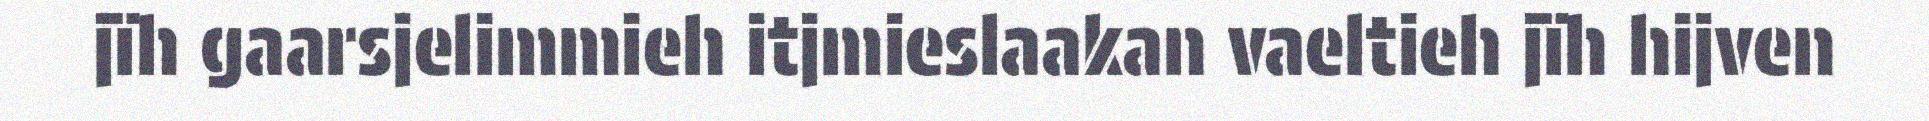
jïh gaarsjelimmieh itjmieslaakan vaeltieh jïh hijven